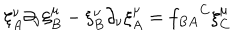
\xi _ { A } ^ { \nu } \partial _ { \nu } \xi _ { B } ^ { \mu } - \xi _ { B } ^ { \nu } \partial _ { \nu } \xi _ { A } ^ { \mu } = { f _ { B A } } ^ { C } \xi _ { C } ^ { \mu }